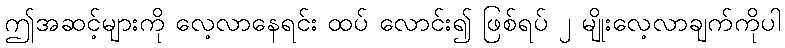
ဤအဆင့်များကို လေ့လာနေရင်း ထပ် လောင်း၍ ဖြစ်ရပ် ၂ မျိုးလေ့လာချက်ကိုပါ